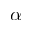
\alpha